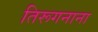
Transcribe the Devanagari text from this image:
तिरूगनाना